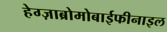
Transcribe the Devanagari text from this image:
हेग्ज़ाब्रोमोबाईफीनाइल